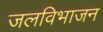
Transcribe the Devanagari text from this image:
जलविभाजन